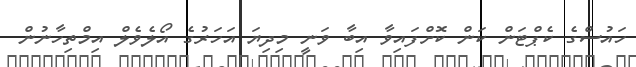
ހައުސްގެ ކެޕްޓަން ކަން ކޮށްފައިވާ އިބާ ވަނީ މިދިޔަ އަހަރުގެ އޯލެވެލް އިމްތިހާނުން